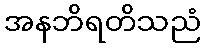
အနဘိရတိသညံ